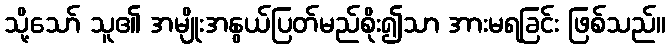
သို့သော် သူ၏ အမျိုးအနွယ်ပြတ်မည်စိုး၍သာ အားမရခြင်း ဖြစ်သည်။